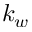
k _ { w }